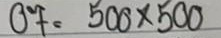
07 = 500 x 500